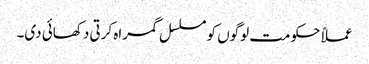
عملاً حکومت لوگوں کو مسلسل گمراہ کرتی دکھائی دی۔